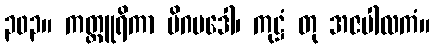
၃၀၃။ ကတ္ထူရိကာ မိဂမဒေါ၊ ကုဋ္ဌံ တု အဇပါလကံ။